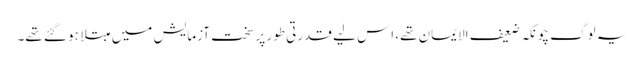
یہ لوگ چونکہ ضعیف الایمان تھے، اِس لیے قدرتی طور پر سخت آزمایش میں مبتلا ہو گئے تھے۔